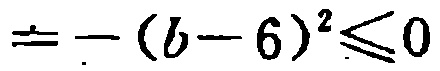
$=-(b - 6)^{2}\leq0$